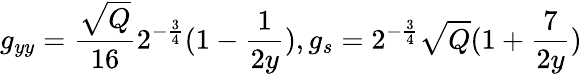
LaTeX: g_{yy}=\frac{\sqrt{Q}}{16}2^{-\frac{3}{4}}(1-\frac{1}{2y}),g_{s}=2^{-\frac{3}{4}}\sqrt{Q}(1+\frac{7}{2y})